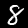
Digit: 8